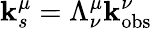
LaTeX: \mathbf{k}_{s}^{\mu}=\Lambda_{\nu}^{\mu}\mathbf{k}_{\mathrm{{obs}}}^{\nu}